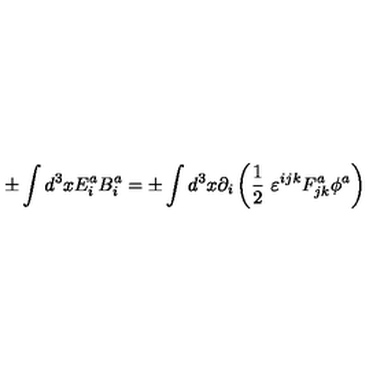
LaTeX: \pm \int d ^ { 3 } x E _ { i } ^ { a } B _ { i } ^ { a } = \pm \int d ^ { 3 } x \partial _ { i } \left( \frac { 1 } { 2 } \ \varepsilon ^ { i j k } F _ { j k } ^ { a } \phi ^ { a } \right)